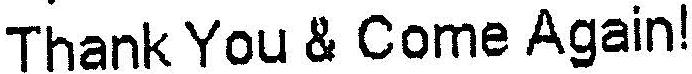
THANK YOU & COME AGAIN!